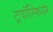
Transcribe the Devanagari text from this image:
ट्रपॉस्फियर